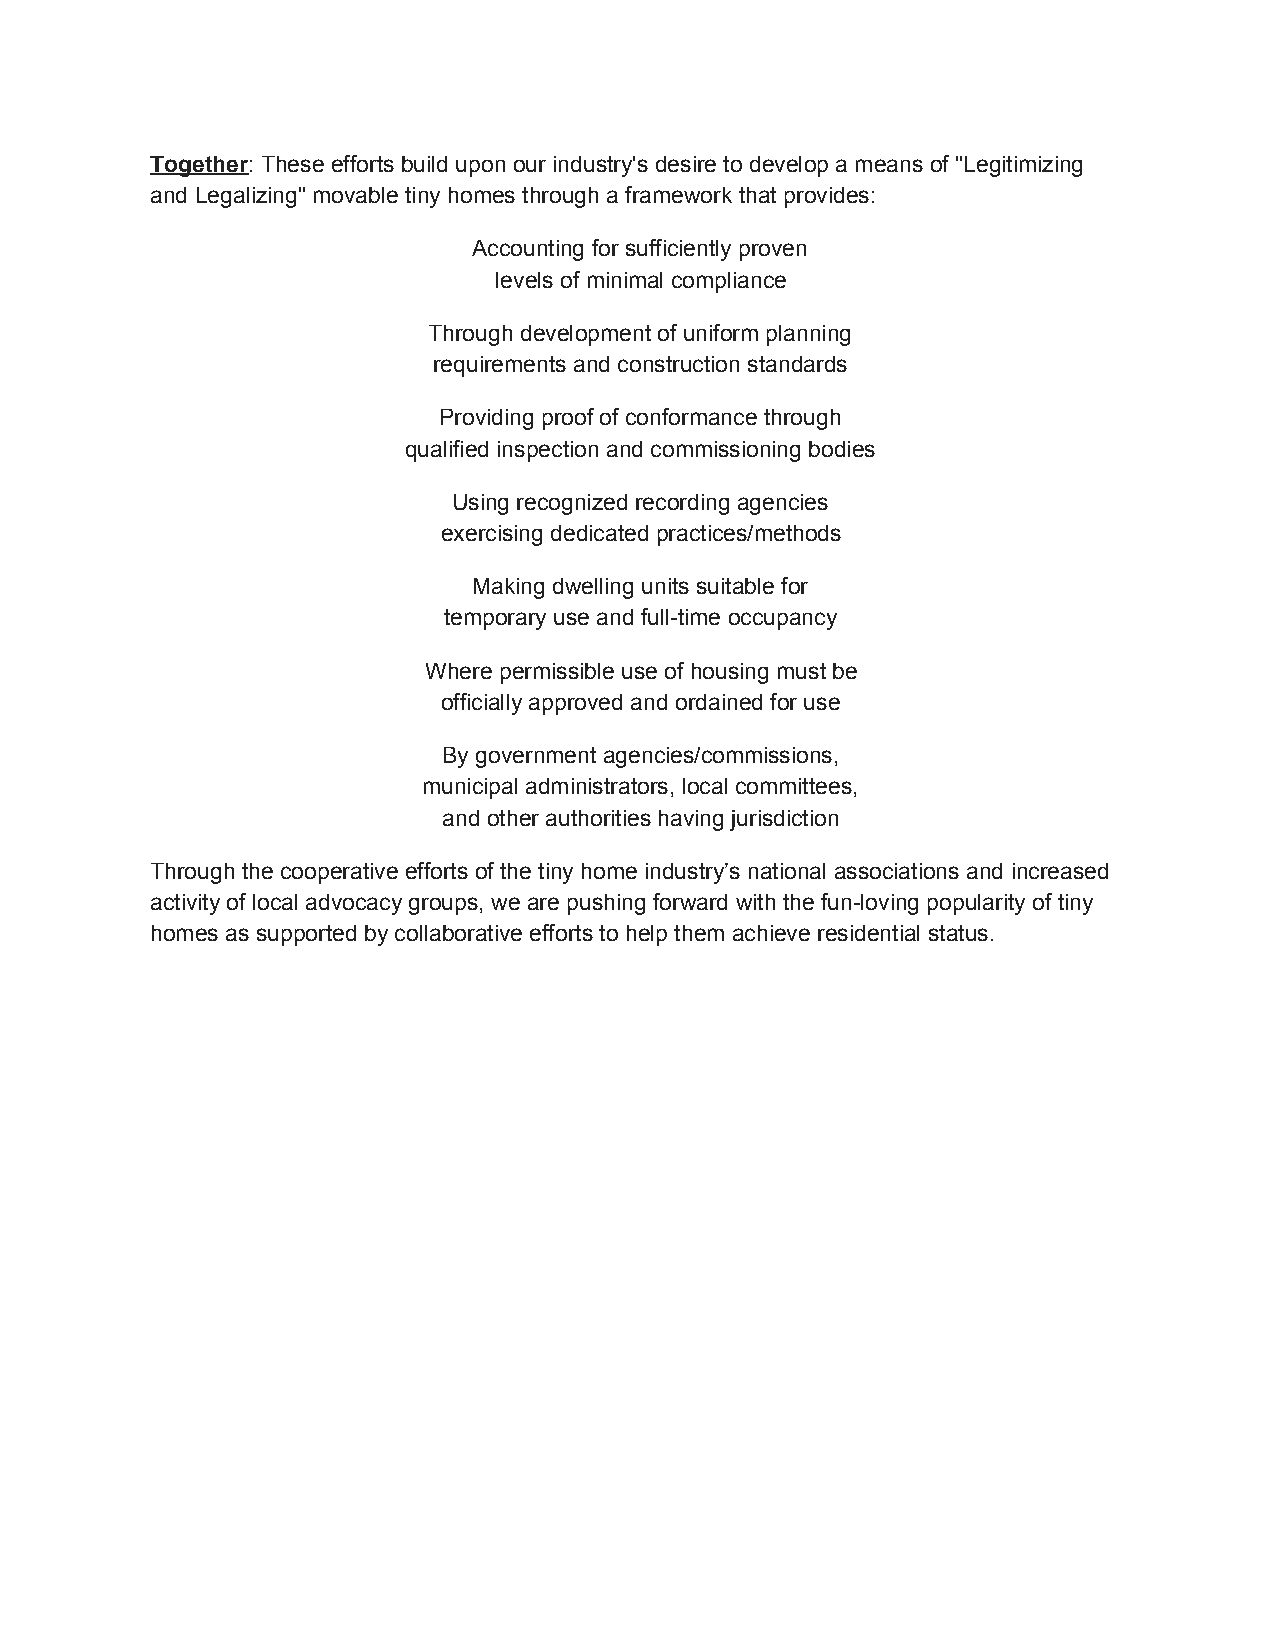
Together: These efforts build upon our industry's desire to develop a means of "Legitimizing
 ​
 and Legalizing" movable tiny homes through a framework that provides:
 Accounting for sufficiently proven
 levels of minimal compliance
 Through development of uniform planning
 requirements and construction standards
 Providing proof of conformance through
 qualified inspection and commissioning bodies
 Using recognized recording agencies
 exercising dedicated practices/methods
 Making dwelling units suitable for
 temporary use and full-time occupancy
 Where permissible use of housing must be
 officially approved and ordained for use
 By government agencies/commissions,
 municipal administrators, local committees,
 and other authorities having jurisdiction
 Through the cooperative efforts of the tiny home industry’s national associations and increased
 activity of local advocacy groups, we are pushing forward with the fun-loving popularity of tiny
 homes as supported by collaborative efforts to help them achieve residential status.